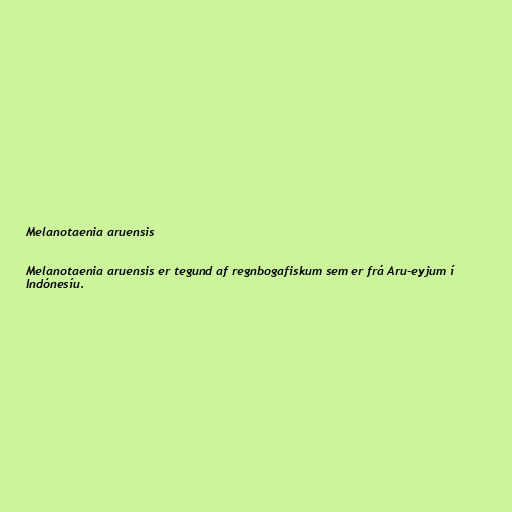
Melanotaenia aruensis

Melanotaenia aruensis er tegund af regnbogafiskum sem er frá Aru-eyjum í
Indónesíu.